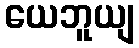
ယေဘူယျ